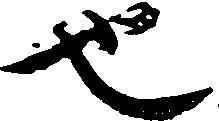
也